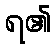
ရ၏